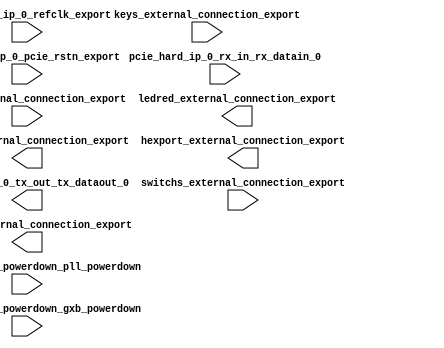

module pcihellocore (
	display_external_connection_export,
	hexport_external_connection_export,
	inport_external_connection_export,
	keys_external_connection_export,
	ledgreen_external_connection_export,
	ledred_external_connection_export,
	pcie_hard_ip_0_pcie_rstn_export,
	pcie_hard_ip_0_powerdown_pll_powerdown,
	pcie_hard_ip_0_powerdown_gxb_powerdown,
	pcie_hard_ip_0_refclk_export,
	pcie_hard_ip_0_rx_in_rx_datain_0,
	pcie_hard_ip_0_tx_out_tx_dataout_0,
	switchs_external_connection_export);	

	output	[31:0]	display_external_connection_export;
	output	[31:0]	hexport_external_connection_export;
	input	[15:0]	inport_external_connection_export;
	input	[31:0]	keys_external_connection_export;
	output	[31:0]	ledgreen_external_connection_export;
	output	[31:0]	ledred_external_connection_export;
	input		pcie_hard_ip_0_pcie_rstn_export;
	input		pcie_hard_ip_0_powerdown_pll_powerdown;
	input		pcie_hard_ip_0_powerdown_gxb_powerdown;
	input		pcie_hard_ip_0_refclk_export;
	input		pcie_hard_ip_0_rx_in_rx_datain_0;
	output		pcie_hard_ip_0_tx_out_tx_dataout_0;
	input	[31:0]	switchs_external_connection_export;
endmodule